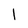
Character: l